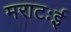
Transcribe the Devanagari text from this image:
मराटःई